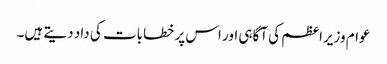
عوام وزیراعظم کی آگاہی اور اس پر خطابات کی داد دیتے ہیں۔